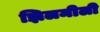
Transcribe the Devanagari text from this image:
झिलमीली